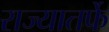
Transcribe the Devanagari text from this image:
राज्यातर्फे